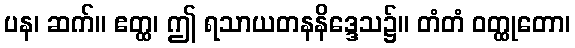
ပန၊ ဆက်။ ဧတ္ထ၊ ဤ ရသာယတနနိဒ္ဒေသ၌။ တံတံ ဝတ္ထုတော၊